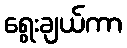
ရွေးချယ်ကာ